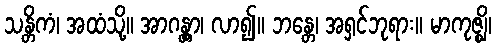
သန္တိကံ၊ အထံသို့။ အာဂန္တွာ၊ လာ၍။ ဘန္တေ၊ အရှင်ဘုရား။ မာကုဇ္ဈိ၊